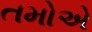
તમોએ